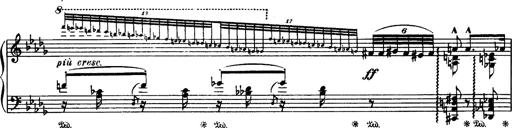
Title: Paraphrase de concert sur Rigoletto
Composer: Franz Liszt